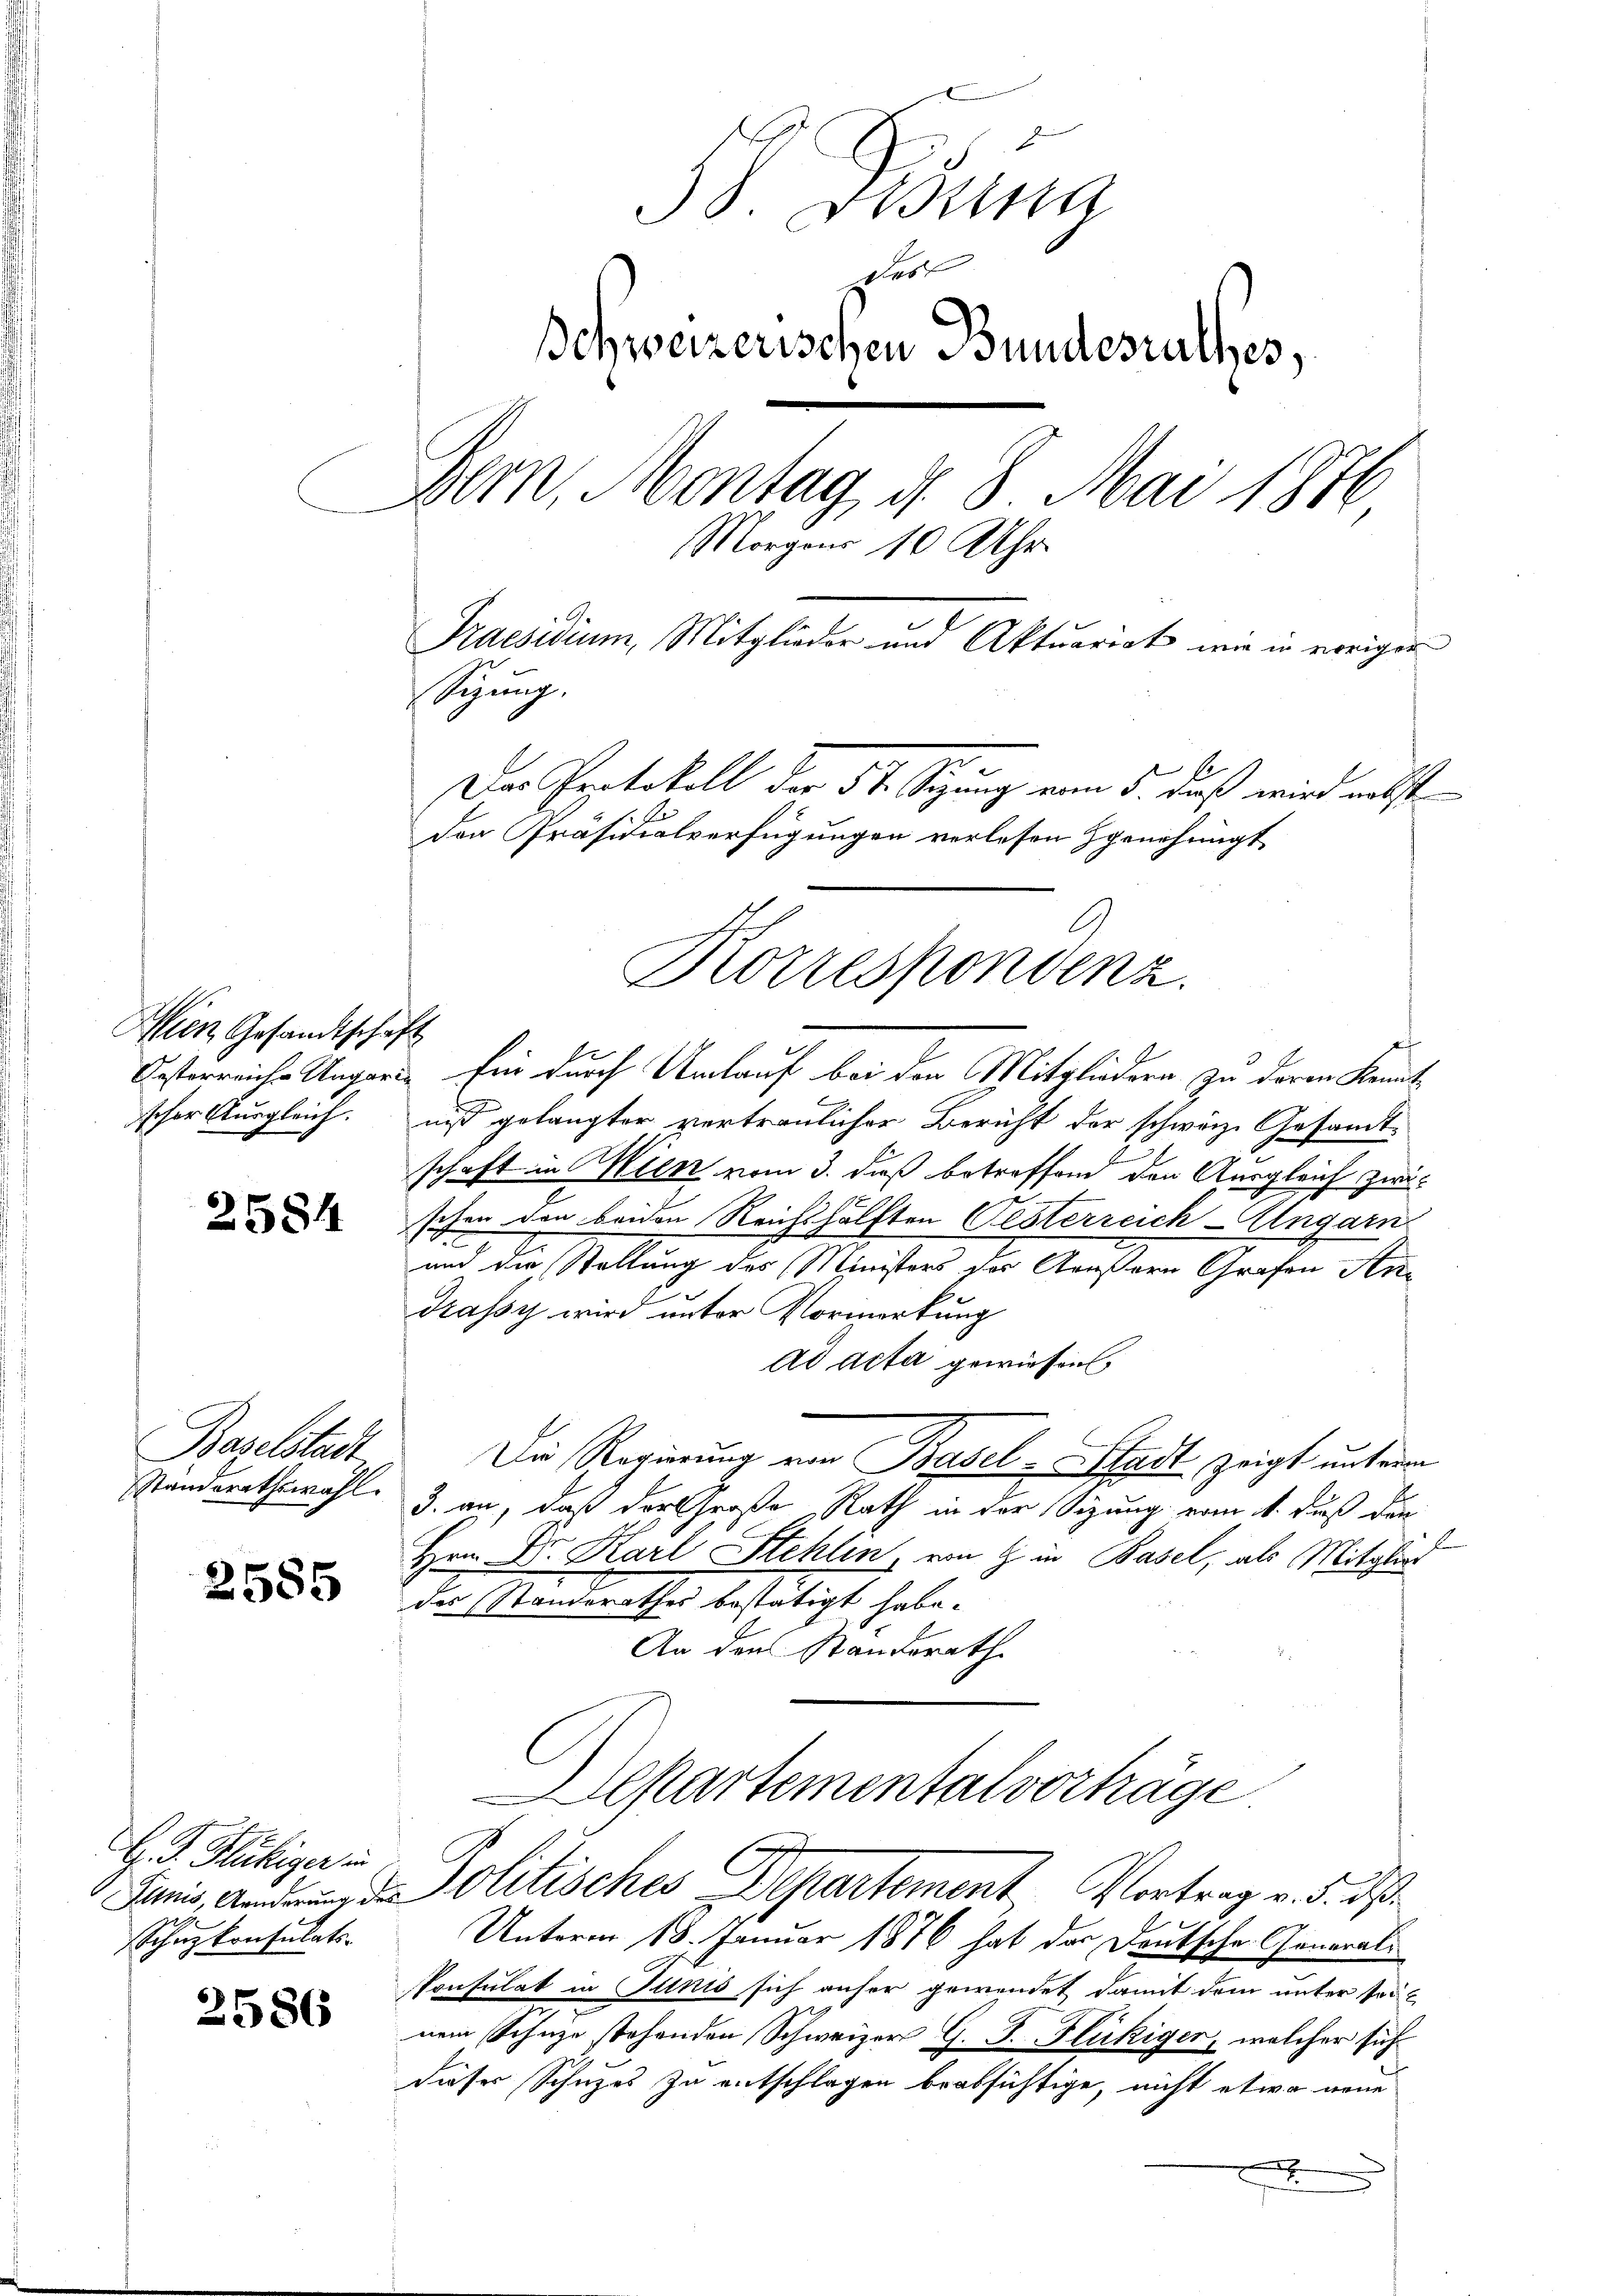
Wien Gesandtschaft

2584

Baselstadt
Standerathswahl.

2585

H. F. Hlubiger
Schüzkonsulats-

58. Gesina
ses
Ichweizerischen Bundesrathes,
Bern, Montag d. 8. Mai 1876
Morgens 10 Uhr.
Praesidium, Mitglieder und Aktuariat, wie in voriger
Sizung.
Der Protokoll der St. Sitzung vom 5. daß wird nebst
den Präsidialverfügungen verlesen genehmigt

2586

Oesterreiche Ungarin für durch Umlauf bei den Mitgliedern zu deren Kenntscher Ausgleich. niß gelangter vertreulicher Bericht der schwärze Gesandtschaft in Wien vom 3. dieß betreffend den Ausgleich zweischen den beiden Reichshälften Oesterreich-Ungarn
und die Stellung des Ministers der Aeußern Grafen An
Trassy wird unter Vormerkung
Ad Acta gewiesen,
Die Regierung von Basel-Stadt zeigt unterre
3. an, daß der Große Rath in der Sitzung vom 1. Fuß die
l
Hrn. Dr. Karl Stehlin, von 9 in Basel, als Mitglie
des Standerathes bestätigt habe.
An den Standerath
Departemental vorträge
ani, a. Politisches Departement Vortrag v. 5. ds
Unterm 18. Januar 1876 hat das Deutsche General¬
Ponsulat in Junis sich anher gewendet damit dem unter seinem Schuze stehenden Schweizer G. B. Flückiger, welcher sich
dieser Schuzes zu entschlagen beabsichtige, nicht etwa neue
.

Korrespondenz.